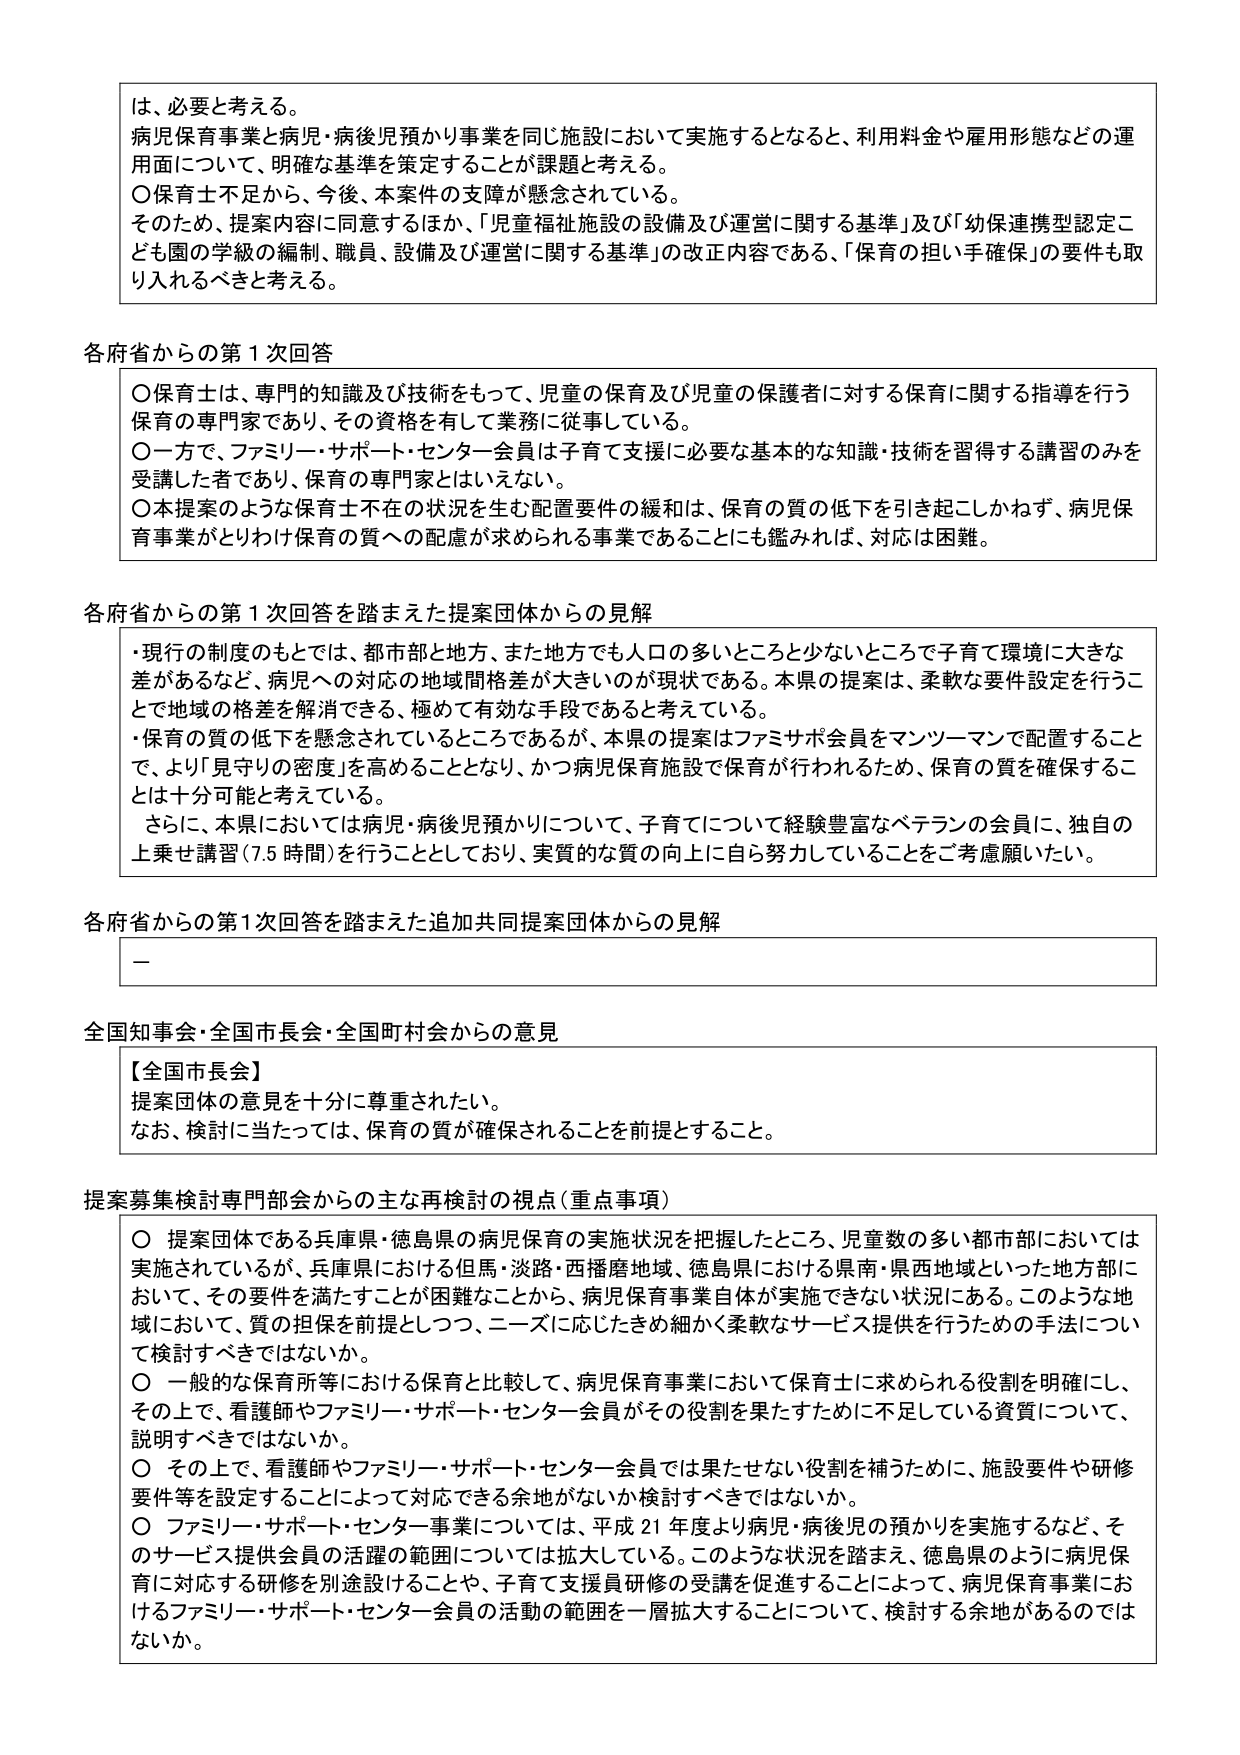
は、必要と考える。
病児保育事業と病児・病後児預かり事業を同じ施設において実施するとなると、利用料金や雇用形態などの運用面について、明確な基準を策定することが課題と考える。
〇保育士不足から、今後、本案件の支障が懸念されている。
そのため、提案内容に同意するほか、「児童福祉施設の設備及び運営に関する基準」及び「幼保連携型認定こども園の学級の編制、職員、設備及び運営に関する基準」の改正内容である、「保育の担い手確保」の要件も取り入れるべきと考える。

各府省からの第1次回答
〇保育士は、専門的知識及び技術をもって、児童の保育及び児童の保護者に対する保育に関する指導を行う保育の専門家であり、その資格を有して業務に従事している。
〇一方で、ファミリー・サポート・センター会員は子育て支援に必要な基本的な知識・技術を習得する講習のみを受講した者であり、保育の専門家とはいえない。
〇本提案のような保育士不在の状況を生む配置要件の緩和は、保育の質の低下を引き起こしかねず、病児保育事業がとりわけ保育の質への配慮が求められる事業であることにも鑑みれば、対応は困難。

各府省からの第1次回答を踏まえた提案団体からの見解
・現行の制度のもとでは、都市部と地方、また地方でも人口の多いところと少ないところで子育て環境に大きな差があるなど、病児への対応の地域間格差が大きいのが現状である。本県の提案は、柔軟な要件設定を行うことで地域の格差を解消できる、極めて有効な手段であると考えている。
・保育の質の低下を懸念されているところであるが、本県の提案はファミサポ会員をマンツーマンで配置することで、より「見守りの密度」を高めることとなり、かつ病児保育施設で保育が行われるため、保育の質を確保することは十分可能と考えている。
さらに、本県においては病児・病後児預かりについて、子育てについて経験豊富なベテランの会員に、独自の上乗せ講習（7.5時間）を行うこととしており、実質的な質の向上に自ら努力していることをご考慮願いたい。

各府省からの第1次回答を踏まえた追加共同提案団体からの見解
ー

全国知事会・全国市長会・全国町村会からの意見
【全国市長会】
提案団体の意見を十分に尊重されたい。
なお、検討に当たっては、保育の質が確保されることを前提とすること。

提案募集検討専門部会からの主な再検討の視点（重点事項）
〇 提案団体である兵庫県・徳島県の病児保育の実施状況を把握したところ、児童数の多い都市部においては実施されているが、兵庫県における但馬・淡路・西播磨地域、徳島県における県南・県西地域といった地方部において、その要件を満たすことが困難なことから、病児保育事業自体が実施できない状況にある。このような地域において、質の担保を前提としつつ、ニーズに応じたきめ細かく柔軟なサービス提供を行うための手法について検討すべきではないか。
〇 一般的な保育所等における保育と比較して、病児保育事業において保育士に求められる役割を明確にし、その上で、看護師やファミリー・サポート・センター会員がその役割を果たすために不足している資質について、説明すべきではないか。
〇 その上で、看護師やファミリー・サポート・センター会員では果たせない役割を補うために、施設要件や研修要件等を設定することによって対応できる余地がないか検討すべきではないか。
〇 ファミリー・サポート・センター事業については、平成21年度より病児・病後児の預かりを実施するなど、そのサービス提供会員の活躍の範囲については拡大している。このような状況を踏まえ、徳島県のように病児保育に対応する研修を別途設けることや、子育て支援員研修の受講を促進することによって、病児保育事業におけるファミリー・サポート・センター会員の活動の範囲を一層拡大することについて、検討する余地があるのではないか。